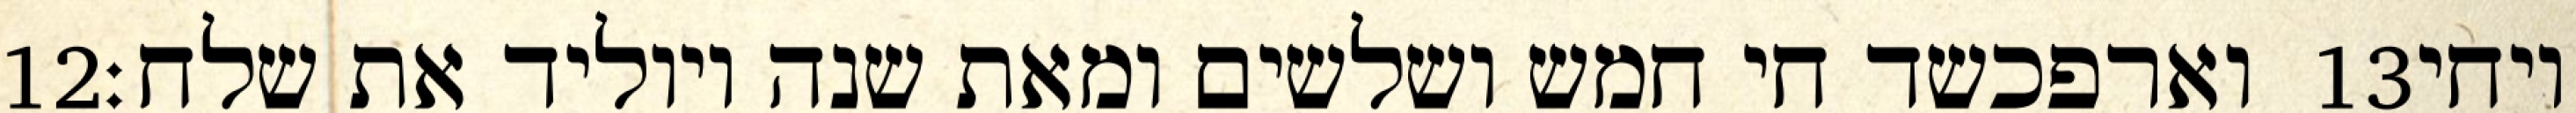
‎12‏ וארפכשד חי חמש ושלשים ומאת שנה ויוליד את שלח׃ ‎13‏ ויחי